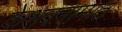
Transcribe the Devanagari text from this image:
केशवनामात